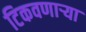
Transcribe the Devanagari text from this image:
टिकवणाऱ्या